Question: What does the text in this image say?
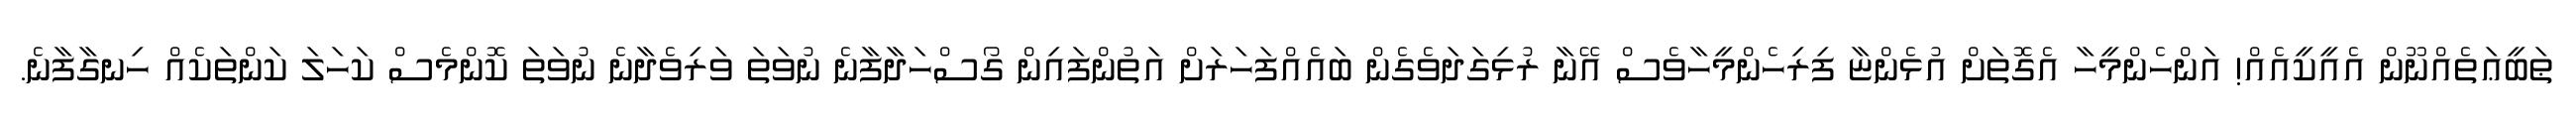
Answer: ޠަބީޢަތެއްނޫން އެއީކީއެއް! އަންހެންމީހާ އެގޮތަށް އުޅެންޏާ ފިރިހެންމީހާވެސް އޭނާ ރުޅިގަދަވެގެން ބައެއްފަހަރަށް އަތުންފައިން ގޯސްހަދާފާނެ ނުވަތަ ވަރިވެދާނެ ނުވަތަ ކޮންމެސް ކަހަލަ ކަންތަކެއް ހިނގާފާނެ.